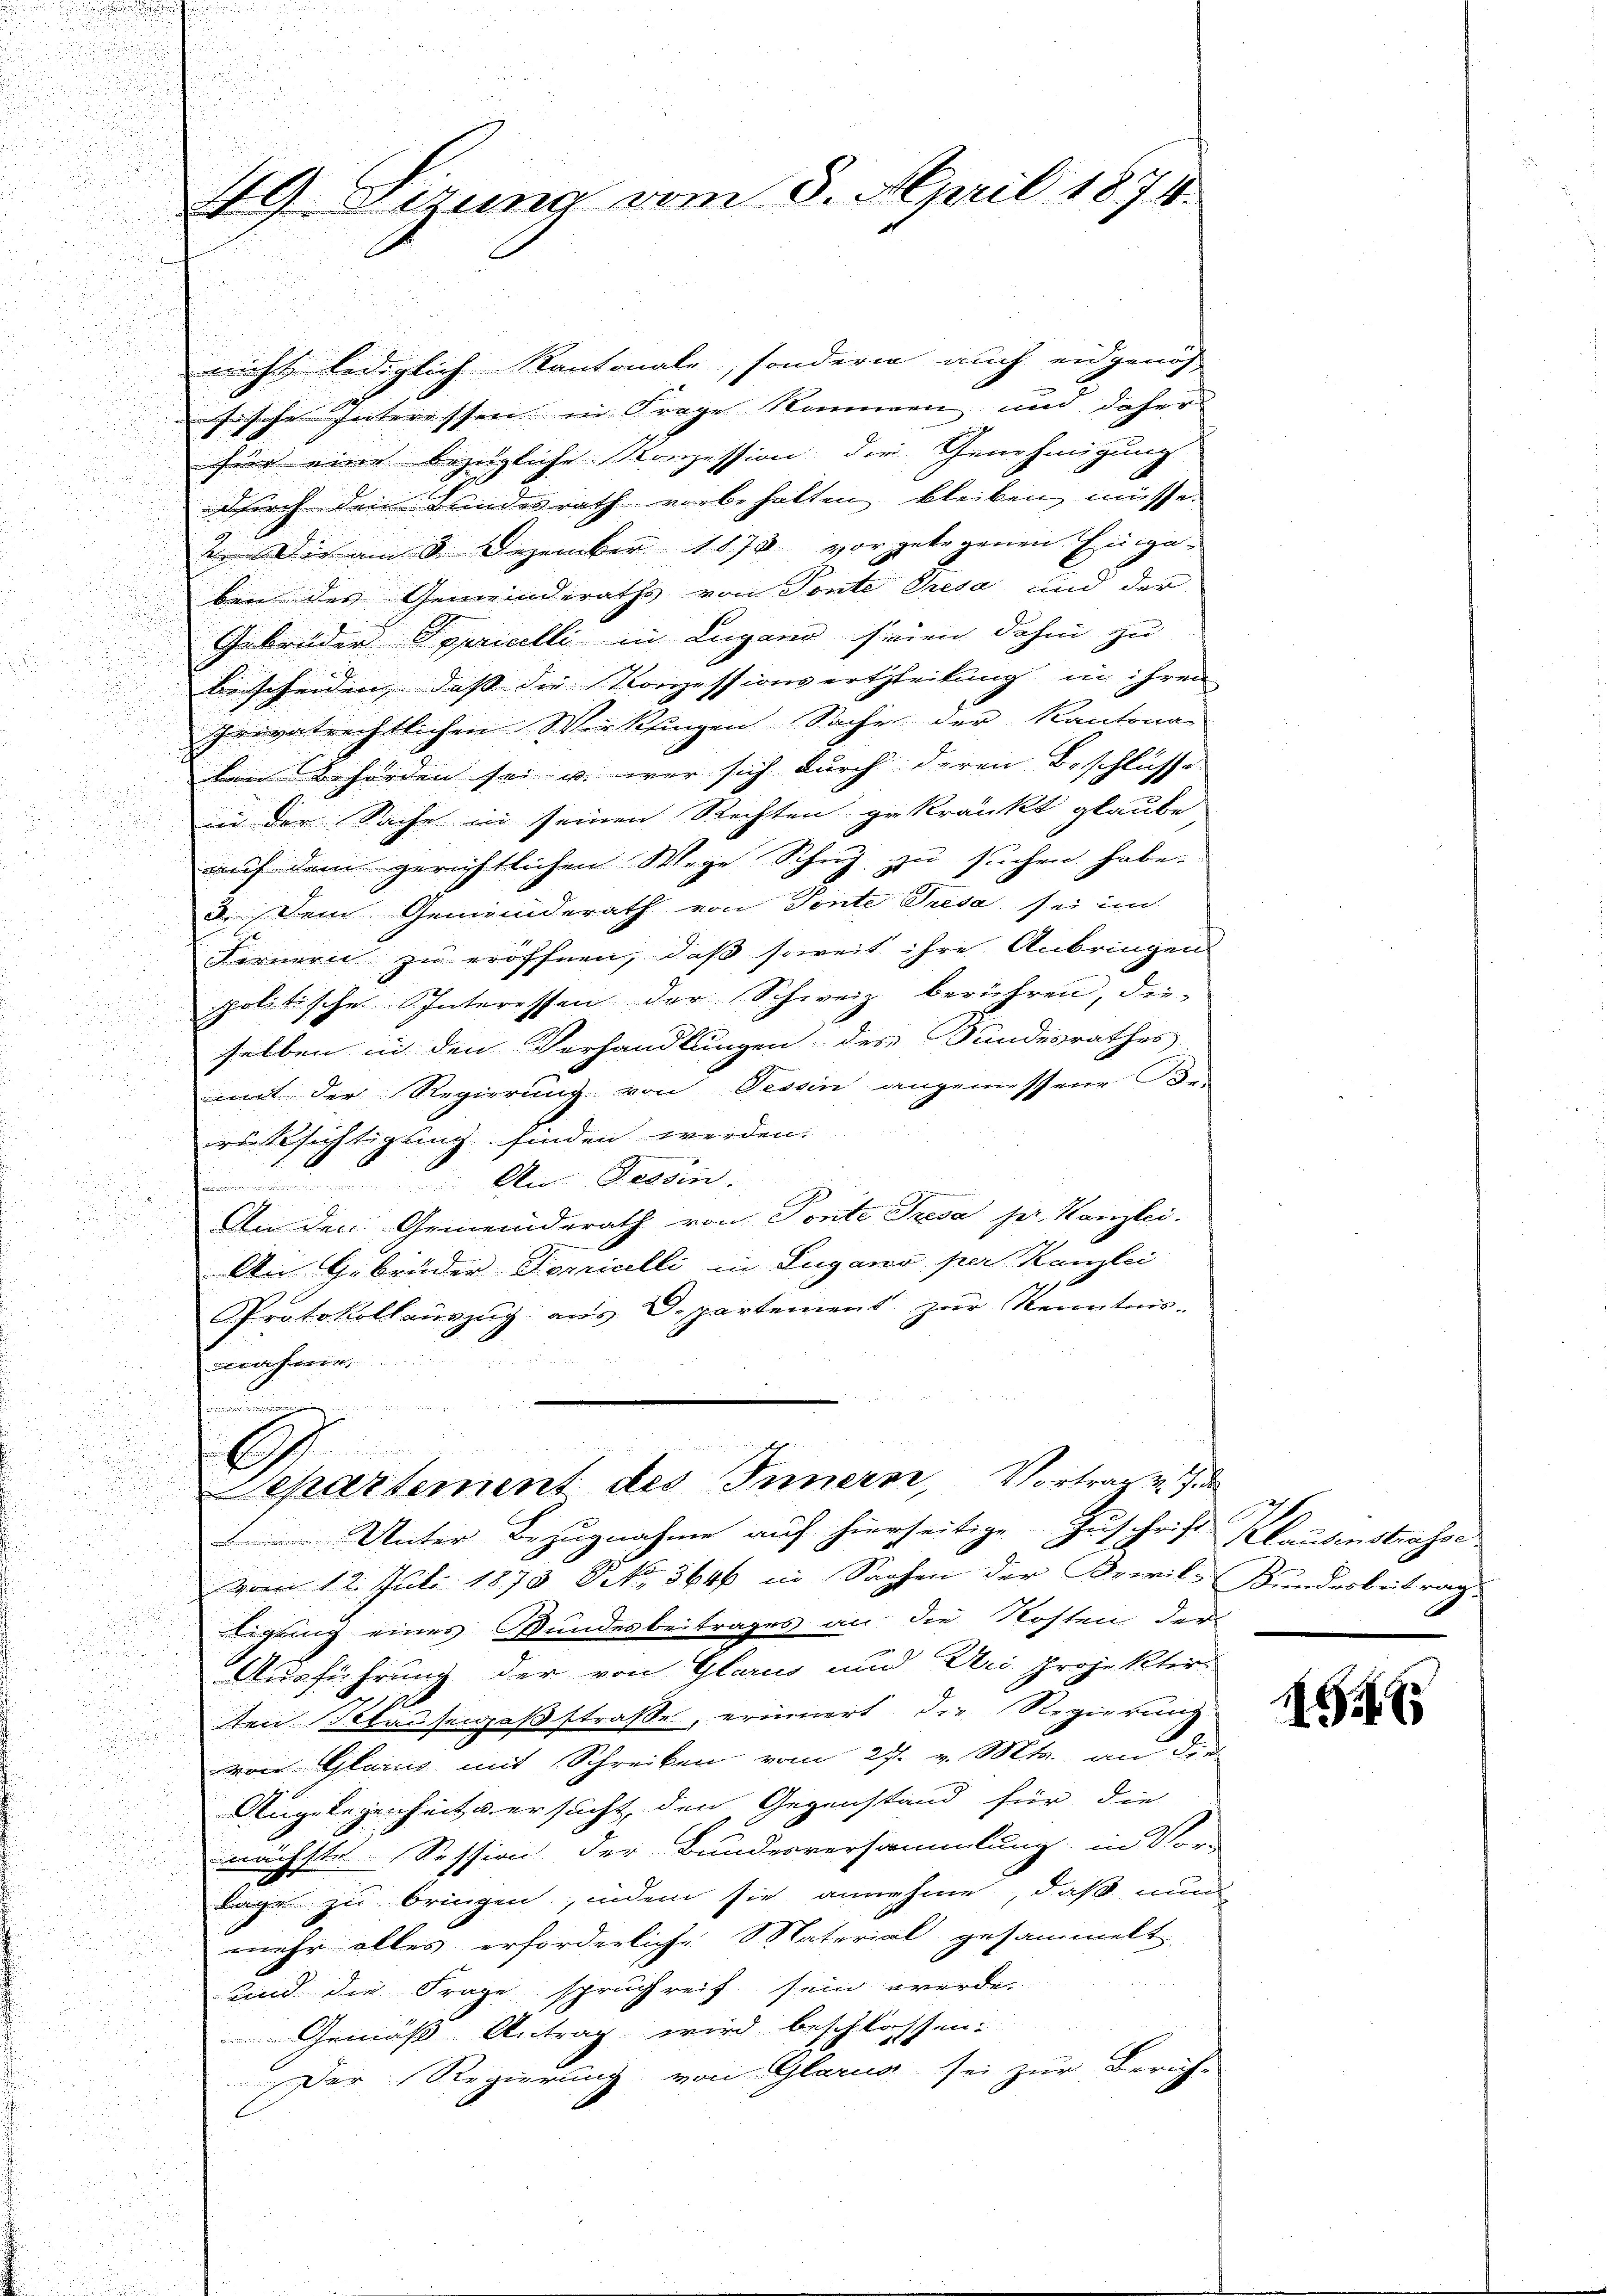
49 Sizung vom 3. April 1874.

nicht lediglich Kantonale, sondern auch eidgenös
ausische Interessen in Frage Stimmen und daher
zur eine bezügliche Konzession der Genehmigung
durch den Landesrath vorbehalten bleiben müsse.
u Dir am 3. Dezember 1873 vorgelegenen Eingaben des Gemeinderaths von Tonte Gresa und der
Gebrüder Spricelli in Lugano seien dahin zu
bescheiden, dass die Konzessionsertheilung in ihren
privatrechtlichen Wirklingen Sache der Kantona-
den Behörden sei u. war sich durch deren Beschlüsse
in der Sache in seinen Rechten gekränkt glaube
auf dem gerichtlichen Wege Schuh zu suchen habe.
3. Dem Gemeinderath von Sente Tresa sei im
J
Fernern zu eröffnen, daß soweit ihre Anbringen
.
politische Interessen der Schweiz berühren, die-

.
selben in den Verhandlungen des Bundesrathes
.
mit der Regierung von Tessin angemessene De-
2
5
.
rüksichtigung finden werden.
 An Tessin.
1)
u
An den Gemeinderath von Tonte Presa ser Kanzlei.
Fr
An Gebrüder Domicelli in Lugano per Kanzlei
Protokollauszug aus Departement zur Kenntnis.
n v. a.
nahmen,
Priminationen

67
Separtement des Innern, Vortrag v. J. d
Unter Bezugnahme auf hierseitige Zuschrift Klausinstrasse

vom 12. Juli 1873 No 564 in Sachen der Privil- Bundesbeitrag
tigung eines Bundesbeitrages an die Kosten der
Ausführung der von Glarus und Uri Projektirten Klauseigaßstrasse, erinnert die Regierung
u
von Glanz mit Schreiben vom 27t v. Mts. an die
Angelegenheit u. ersucht, den Gegenstand für die
5
nächste Session der Bundesversammlung in Vor-
lage zu bringen, indem sie annehme, daß nun
mehr alles erforderliche Material gesammelt
und die Frage spruchreif sein werde.
Gemäß Antrag wird beschlossen:
Der Regierung von Glarus sei zur Zürich-

14